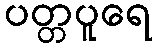
ပတ္တပူရေ